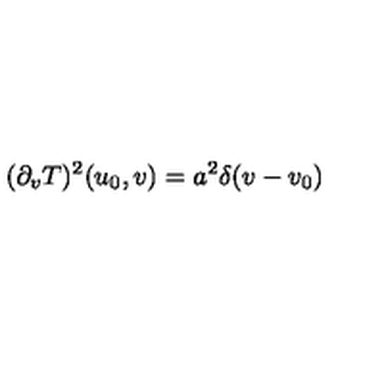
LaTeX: ( \partial _ { v } T ) ^ { 2 } ( u _ { 0 } , v ) = a ^ { 2 } \delta ( v - v _ { 0 } )